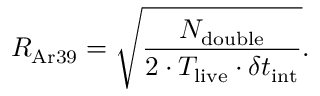
R _ { \mathrm { A r 3 9 } } = \sqrt { \frac { N _ { \mathrm { d o u b l e } } } { 2 \cdot T _ { \mathrm { l i v e } } \cdot \delta t _ { \mathrm { i n t } } } } .